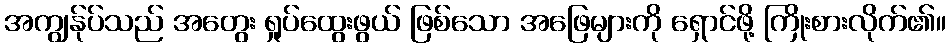
အကျွန်ုပ်သည် အတွေး ရှုပ်ထွေးဖွယ် ဖြစ်သော အဖြေများကို ရှောင်ဖို့ ကြိုးစားလိုက်၏။